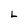
Character: L